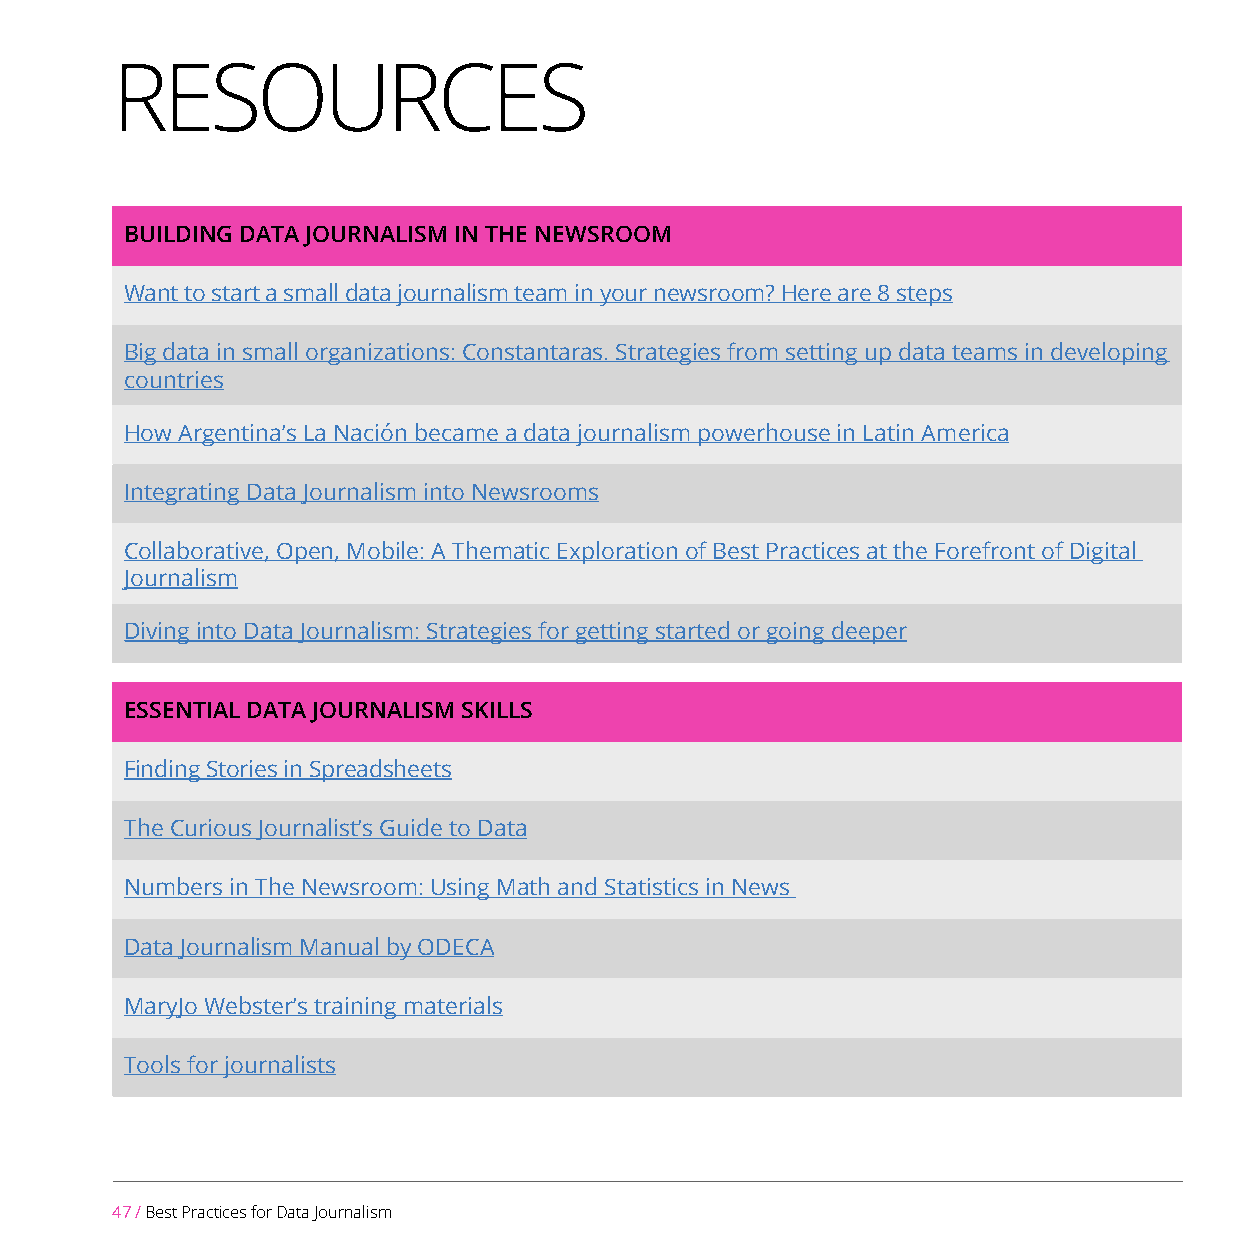
RESOURCES
 BUILDING DATA JOURNALISM IN THE NEWSROOM
 Want to start a small data journalism team in your newsroom? Here are 8 steps
 Big data in small organizations: Constantaras. Strategies from setting up data teams in developing
 countries
 How Argentina’s La Nación became a data journalism powerhouse in Latin America
 Integrating Data Journalism into Newsrooms
 Collaborative, Open, Mobile: A Thematic Exploration of Best Practices at the Forefront of Digital
 Journalism
 Diving into Data Journalism: Strategies for getting started or going deeper
 ESSENTIAL DATA JOURNALISM SKILLS
 Finding Stories in Spreadsheets
 The Curious Journalist’s Guide to Data
 Numbers in The Newsroom: Using Math and Statistics in News
 Data Journalism Manual by ODECA
 MaryJo Webster’s training materials
 Tools for journalists
 47 / Best Practices for Data Journalism